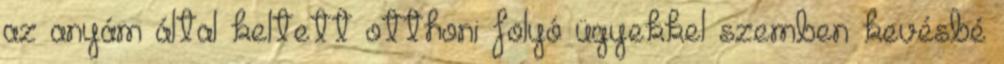
az anyám által keltett otthoni folyó ügyekkel szemben kevésbé